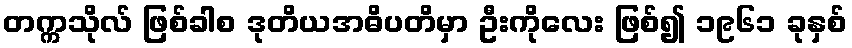
တက္ကသိုလ် ဖြစ်ခါစ ဒုတိယအဓိပတိမှာ ဦးကိုလေး ဖြစ်၍ ၁၉၆၁ ခုနှစ်